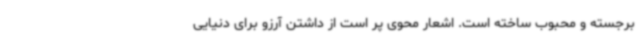
برجسته و محبوب ساخته است. اشعار محوی پر است از داشتن آرزو برای دنیایی